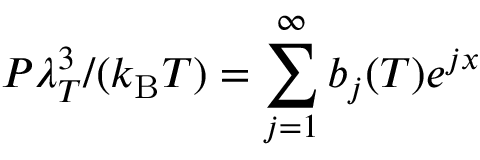
P \lambda _ { T } ^ { 3 } / ( k _ { \mathrm { B } } T ) = \sum _ { j = 1 } ^ { \infty } b _ { j } ( T ) e ^ { j x }